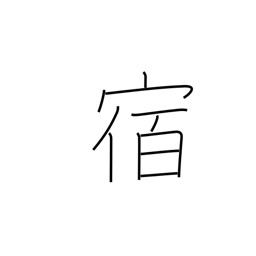
Meaning: lodge